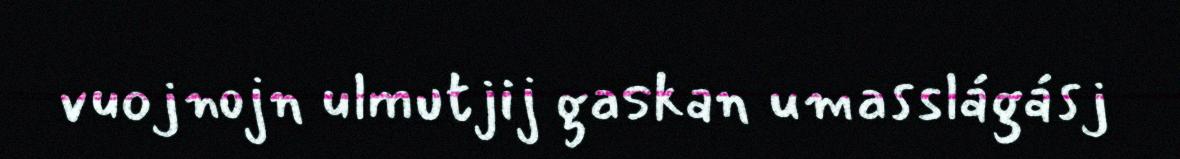
vuojnojn ulmutjij gaskan umasslágásj